Civil Veterinary Dept. North-West Frontier Province 1933-46 - 1933-1946
Year: 1933
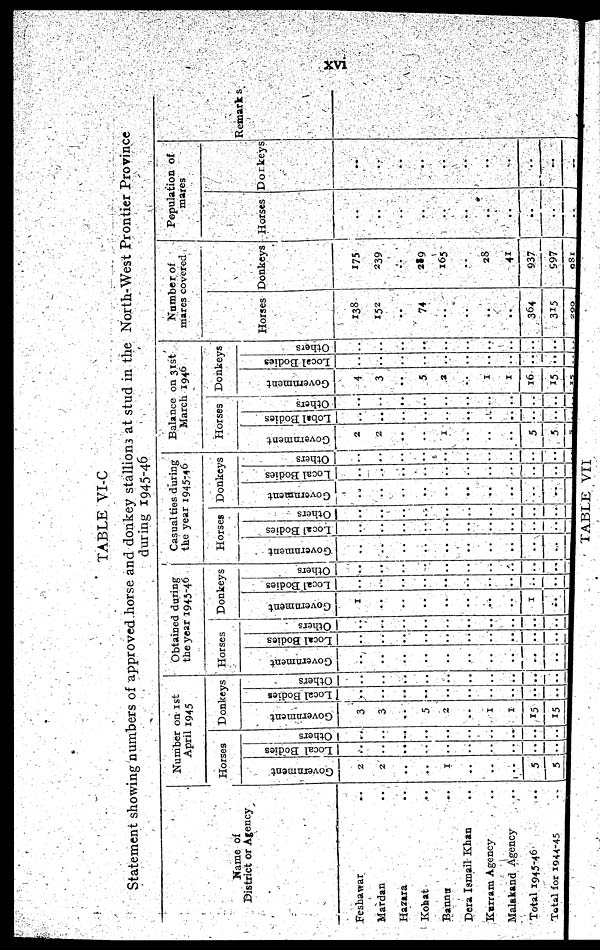
xvi
TABLE VI-C
Statement showing numbers of approved horse and donkey stallions at stud in the North-West Prontier Province
during 1945-46
Name of
District or Agency
Peshawar ..
Mardan ..
Hazara ..
Kohat ..
Bannu ..
Dera Ismail Khan ..
Kurram Agency ..
Malakand Agency ..
Total 1945-46 ..
Total for 1944-45 ..
Number on
1st
April 1945
Horses
Go v e r
n me n t
2
2
..
..
1
..
..
..
5
5
Local Bodi es
..
..
..
..
..
..
..
..
..
..
Ot her s
..
..
..
..
..
..
..
..
..
..
Donkeys
Government
3
3
..
5
2
..
1
1
15
15
Local Bodies
..
..
..
..
..
..
..
..
..
..
Ot her s
..
..
..
..
..
..
..
..
...
..
Obtained during
the year 1945-46
Horses
Government
..
..
..
..
..
..
..
..
..
..
Local Bodies
..
..
..
..
..
..
..
..
..
..
Ot her s
..
..
..
..
..
..
..
..
..
..
Donkeys
Government
1
..
..
..
..
..
..
..
1
..
Local Bodi es
..
..
..
..
..
..
..
..
..
..
Ot her s
..
..
..
..
..
..
..
..
..
..
Casualties during
the year 1945-46
Horses
Go v e r
n me n t
..
..
..
..
..
..
..
..
..
..
Local Bodi es
..
..
..
..
..
..
..
..
..
..
Ot her s
..
..
..
..
..
..
..
..
..
..
Donkeys
Go v e r
n me n t
..
..
..
..
..
..
..
..
..
..
Local Bodies
..
..
..
..
..
..
..
..
..
..
Ot her s
..
..
..
..
..
..
..
..
..
..
Balance on 31st
March
1946
Horses
Go v e r
n me n t
2
2
..
..
1
..
..
..
5
5
Lobal Bodi es
..
..
..
..
..
..
..
..
..
..
Others
..
..
..
..
..
..
..
..
..
..
Donkeys
Go v e r
n me n t
4
3
..
5
2
..
1
1
16
15
Local Bodi es
..
..
..
..
..
..
..
..
..
..
Ot her s
..
..
..
..
..
..
..
..
..
..
Number of
mares covered
Horses
138
152
..
74
..
..
..
..
364
315
Donkeys
175
239
..
239
165
..
28
41
937
997
Population of
mares
Horses
..
..
..
..
..
..
..
..
..
..
Donkeys
..
..
..
..
..
..
..
..
..
..
Remarks